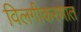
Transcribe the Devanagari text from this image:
विलगीकरणात